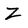
Character: Z